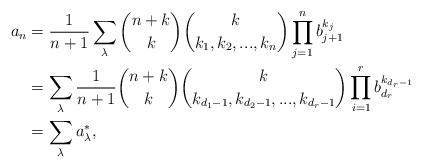
\begin{align*}a_n&=\frac{1}{n+1}\sum_{\lambda} \binom{n+k}{k}\binom{k}{k_1,k_2,...,k_n}\prod_{j=1}^n b_{j+1}^{k_j}\\&=\sum_{\lambda} \frac{1}{n+1}\binom{n+k}{k}\binom{k}{k_{d_1-1},k_{d_2-1},...,k_{d_r-1}}\prod_{i=1}^r b_{d_r}^{k_{d_r-1}}\\&=\sum_{\lambda} a_{\lambda}^{\ast},\end{align*}